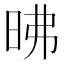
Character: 昲